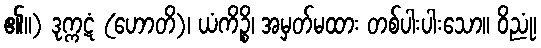
၏။) ဒုက္ကဋံ (ဟောတိ)၊ ယံကိဉ္စိ၊ အမှတ်မထား တစ်ပါးပါးသော။ ဝိညုံ၊